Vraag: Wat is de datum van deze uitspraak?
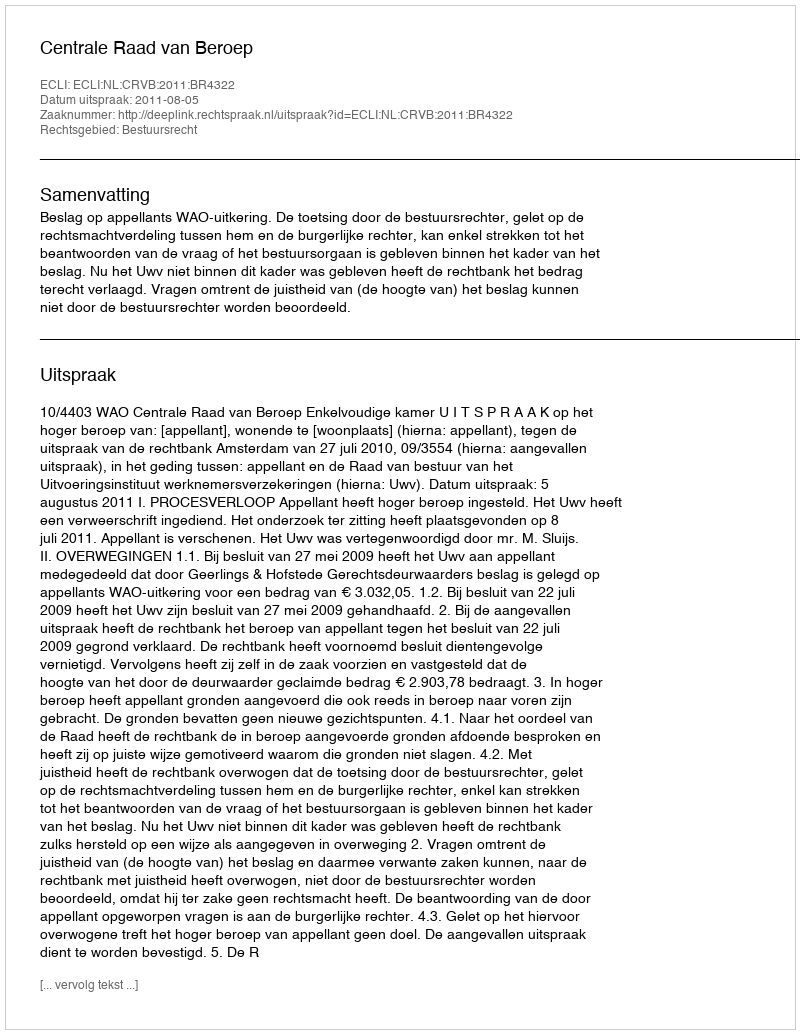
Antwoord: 2011-08-05